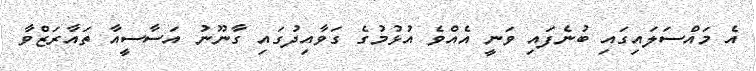
އެ މައްސަލައިގައި ބުނެފައި ވަނީ އެއްވެ އުޅުމުގެ ގަވާއިދުގައި ގާނޫނު އަސާސީއާ ތައާރަޒްވާ